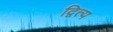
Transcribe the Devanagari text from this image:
द्वित्य